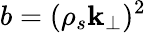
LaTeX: b=(\rho_{s}\mathbf{k}_{\perp})^{2}